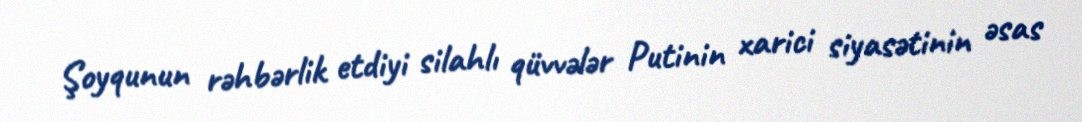
Şoyqunun rəhbərlik etdiyi silahlı qüvvələr Putinin xarici siyasətinin əsas